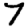
Digit: 7